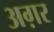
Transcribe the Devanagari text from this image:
अग़र